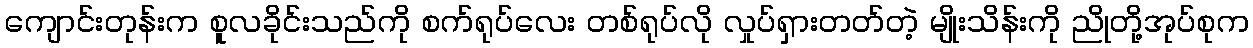
ကျောင်းတုန်းက စူလခိုင်းသည်ကို စက်ရုပ်လေး တစ်ရုပ်လို လှုပ်ရှားတတ်တဲ့ မျိုးသိန်းကို ညိုတို့အုပ်စုက